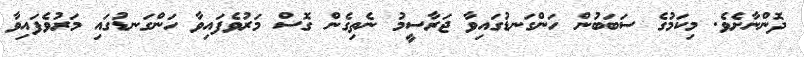
ދޮންނާށެވެ. މިކަމުގެ ސަބަބުން ހަންގަނޑުގައިވާ ޖަރާސީމު ނެތިގެން ގޮސް މަރުވެފައިވާ ހަންގަނޑުގައި މަރުވެފައިވާ